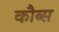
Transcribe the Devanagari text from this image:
कौब्स